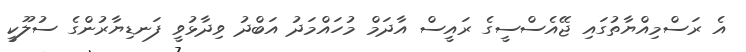
އެ ރަސްމިއްޔާތުގައި ޖޭއެސްސީގެ ރައީސް އާދަމް މުހައްމަދު އަބްދު ވިދާޅުވީ ފަނޑިޔާރުންގެ ސުލޫކީ